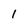
Character: I